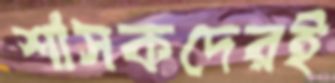
শাসকদেরই